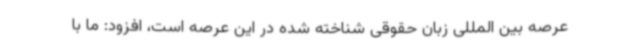
عرصه بین المللی زبان حقوقی شناخته شده در این عرصه است، افزود: ما با